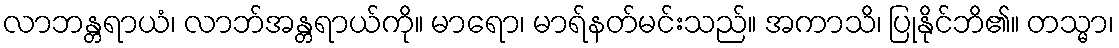
လာဘန္တရာယံ၊ လာဘ်အန္တရာယ်ကို။ မာရော၊ မာရ်နတ်မင်းသည်။ အကာသိ၊ ပြုနိုင်ဘိ၏။ တသ္မာ၊